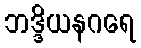
ဘဒ္ဒိယနဂရေ